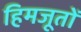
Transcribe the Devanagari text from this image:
हिमजूतों